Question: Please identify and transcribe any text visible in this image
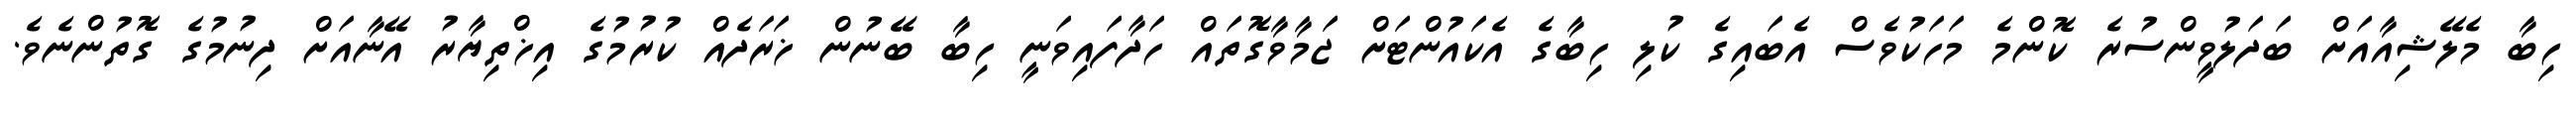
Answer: ހިބާ މެލޭޝިއާއަށް ބަދަލުވީންސުރެ ކޮންމެ މަހަކުވެސް އެބައިގެ ކުލި ހިބާގެ އެކައުންޓަށް ޖަމާވާގޮތައް ހަދާފައިވަނީ ހިބާ ބޭނުން ޚަރަދެއް ކުރުމުގެ އިޚްތިޔާރު އޭނާއަށް ދިނުމުގެ ގޮތުންނެވެ.